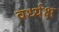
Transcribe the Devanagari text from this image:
वर्ध्यक्ष